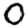
Digit: 0